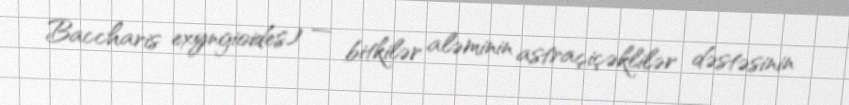
Baccharis exyngioides) — bitkilər aləminin astraçiçəklilər dəstəsinin